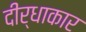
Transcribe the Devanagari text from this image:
दीर्धाकार